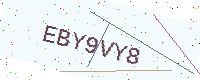
Text: EBY9VY8